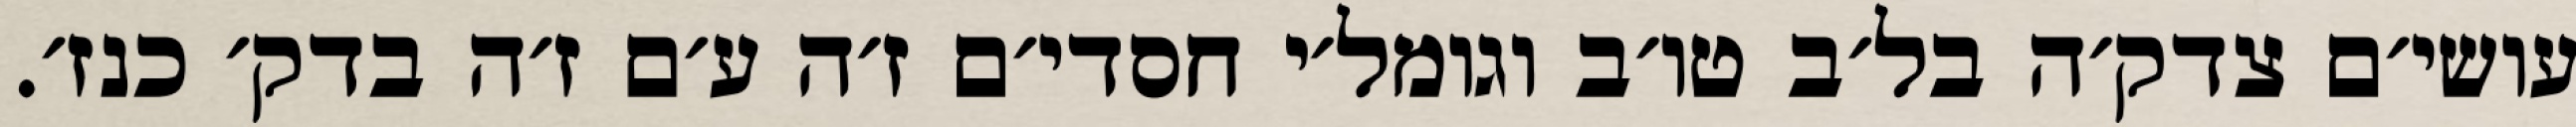
עושי׳ם צדק׳ה בל׳ב טו׳ב וגומל׳י חסדי׳ם ז׳ה ע׳ם ז׳ה בדק׳ כנז׳.